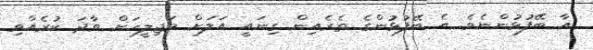
އާ ބޭފުޅުންނެވެ. އެ ބޭފުޅުންގެ ތެރެއިން ގިނައީ އަލަށް މަޖިލީހަށް ވާދަ ކުރެއްވި